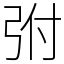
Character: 弣